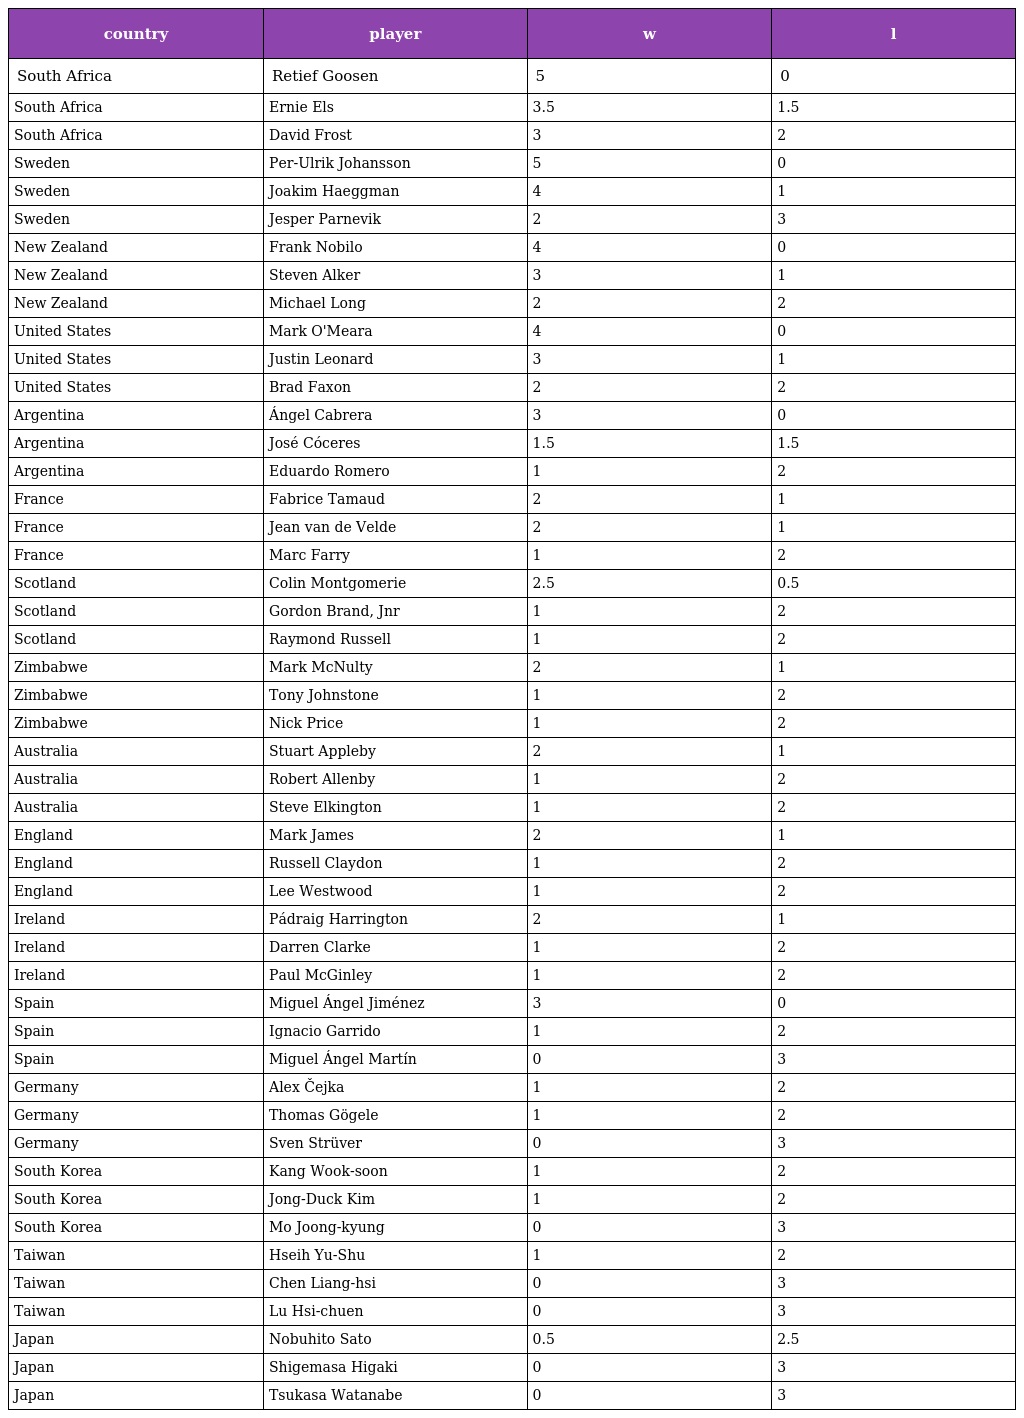
| country | player | w | l |
 | --- | --- | --- | --- |
 | South Africa | Retief Goosen | 5 | 0 |
 | South Africa | Ernie Els | 3.5 | 1.5 |
 | South Africa | David Frost | 3 | 2 |
 | Sweden | Per-Ulrik Johansson | 5 | 0 |
 | Sweden | Joakim Haeggman | 4 | 1 |
 | Sweden | Jesper Parnevik | 2 | 3 |
 | New Zealand | Frank Nobilo | 4 | 0 |
 | New Zealand | Steven Alker | 3 | 1 |
 | New Zealand | Michael Long | 2 | 2 |
 | United States | Mark O'Meara | 4 | 0 |
 | United States | Justin Leonard | 3 | 1 |
 | United States | Brad Faxon | 2 | 2 |
 | Argentina | Ángel Cabrera | 3 | 0 |
 | Argentina | José Cóceres | 1.5 | 1.5 |
 | Argentina | Eduardo Romero | 1 | 2 |
 | France | Fabrice Tamaud | 2 | 1 |
 | France | Jean van de Velde | 2 | 1 |
 | France | Marc Farry | 1 | 2 |
 | Scotland | Colin Montgomerie | 2.5 | 0.5 |
 | Scotland | Gordon Brand, Jnr | 1 | 2 |
 | Scotland | Raymond Russell | 1 | 2 |
 | Zimbabwe | Mark McNulty | 2 | 1 |
 | Zimbabwe | Tony Johnstone | 1 | 2 |
 | Zimbabwe | Nick Price | 1 | 2 |
 | Australia | Stuart Appleby | 2 | 1 |
 | Australia | Robert Allenby | 1 | 2 |
 | Australia | Steve Elkington | 1 | 2 |
 | England | Mark James | 2 | 1 |
 | England | Russell Claydon | 1 | 2 |
 | England | Lee Westwood | 1 | 2 |
 | Ireland | Pádraig Harrington | 2 | 1 |
 | Ireland | Darren Clarke | 1 | 2 |
 | Ireland | Paul McGinley | 1 | 2 |
 | Spain | Miguel Ángel Jiménez | 3 | 0 |
 | Spain | Ignacio Garrido | 1 | 2 |
 | Spain | Miguel Ángel Martín | 0 | 3 |
 | Germany | Alex Čejka | 1 | 2 |
 | Germany | Thomas Gögele | 1 | 2 |
 | Germany | Sven Strüver | 0 | 3 |
 | South Korea | Kang Wook-soon | 1 | 2 |
 | South Korea | Jong-Duck Kim | 1 | 2 |
 | South Korea | Mo Joong-kyung | 0 | 3 |
 | Taiwan | Hseih Yu-Shu | 1 | 2 |
 | Taiwan | Chen Liang-hsi | 0 | 3 |
 | Taiwan | Lu Hsi-chuen | 0 | 3 |
 | Japan | Nobuhito Sato | 0.5 | 2.5 |
 | Japan | Shigemasa Higaki | 0 | 3 |
 | Japan | Tsukasa Watanabe | 0 | 3 |